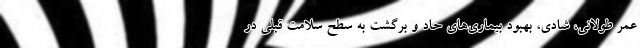
عمر طولانی، شادی، بهبود بیماری‌های حاد و برگشت به سطح سلامت قبلی در